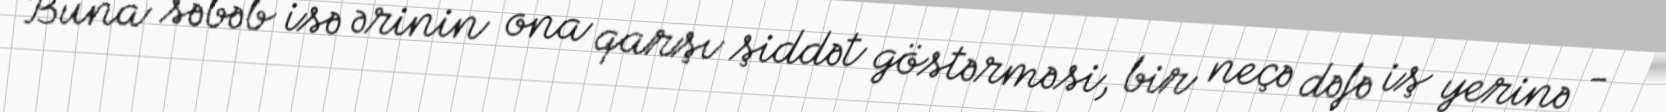
Buna səbəb isə ərinin ona qarşı şiddət göstərməsi, bir neçə dəfə iş yerinə -